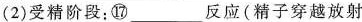
(2)受精阶段；⑰___反应(精子穿越放射